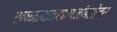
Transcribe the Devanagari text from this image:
एकनाथमहाराजांबरोबर